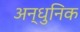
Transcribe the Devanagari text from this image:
अन्धुनिक